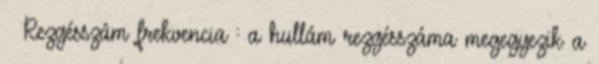
 Rezgésszám frekvencia : a hullám rezgésszáma megegyezik a